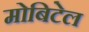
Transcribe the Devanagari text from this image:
मोबिटेल